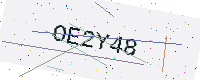
Text: OE2Y48